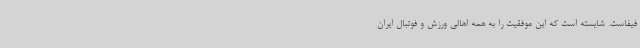
فیفاست. شایسته است که این موفقیت را به همه اهالی ورزش و فوتبال ایران